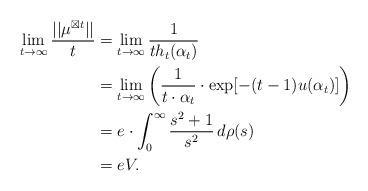
LaTeX: \begin{align*}\lim_{t\rightarrow \infty}\frac{||\mu^{\boxtimes t} ||}{t}&=\lim_{t\rightarrow \infty}\frac{1}{t h_t(\alpha_t)}\\ &=\lim_{t\rightarrow \infty}\left( \frac{1}{t \cdot \alpha_t}\cdot \exp[-(t-1)u(\alpha_t)] \right)\\ &=e\cdot \int_0^\infty\frac{s^2+1}{s^2}\,d\rho(s)\\ &=eV. \end{align*}